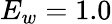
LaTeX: E_{w}=1.0